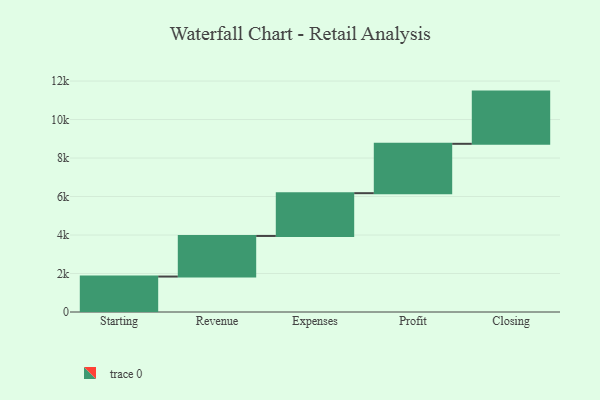
{"axis": {"x": "Step", "y": "Value"}, "legend": [""], "data": [{"x": "Starting", "y": 1842.0, "type": ""}, {"x": "Revenue", "y": 2109.0, "type": ""}, {"x": "Expenses", "y": 2223.0, "type": ""}, {"x": "Profit", "y": 2565.0, "type": ""}, {"x": "Closing", "y": 2713.0, "type": ""}]}